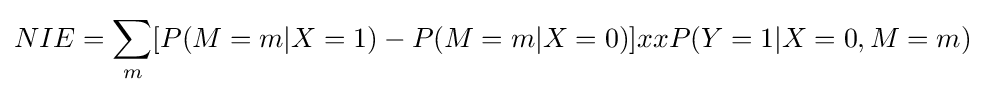
NIE=\sum _{m}[P(M=m|X=1)-P(M=m|X=0)]xxP(Y=1|X=0,M=m)